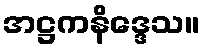
အဋ္ဌကနိဒ္ဒေသ။